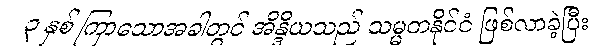
၃ နှစ် ကြာသောအခါတွင် အိန္ဒိယသည် သမ္မတနိုင်ငံ ဖြစ်လာခဲ့ပြီး